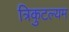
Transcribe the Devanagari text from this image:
त्रिकुटल्यम